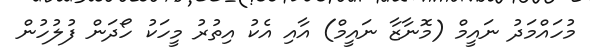
މުހައްމަދު ނައީމް (މޮނާޒާ ނައީމް) އާއި އެކު އިތުރު މީހަކު ހޯދަން ފުލުހުން